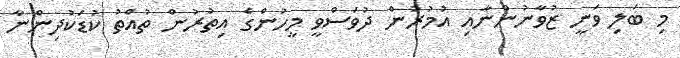
މި ބަލި ވަނީ ޒުވާނުންނާއި އުމުރުން ދުވަސްވީ މީހުންގެ އިތުރުން ތުއްތު ކުޑަކުދިންނާ